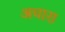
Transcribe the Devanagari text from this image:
अचारा